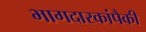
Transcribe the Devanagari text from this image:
भागदारकांपैकी